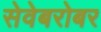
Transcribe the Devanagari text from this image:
सेवेबरोबर